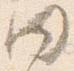
同